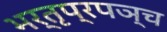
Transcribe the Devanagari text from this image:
भर्तृप्रपञ्च